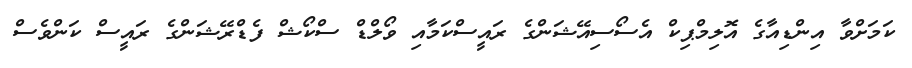
ކަމަށްވާ އިންޑިއާގެ އޮލިމްޕިކް އެސޯސިއޭޝަންގެ ރައީސްކަމާއި ވޯލްޑް ސްކޯޝް ފެޑްރޭޝަންގެ ރައީސް ކަންވެސް